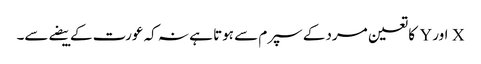
X اور Y کا تعین مرد کے سپرم سے ہوتا ہے نہ کہ عورت کے بیضے سے۔